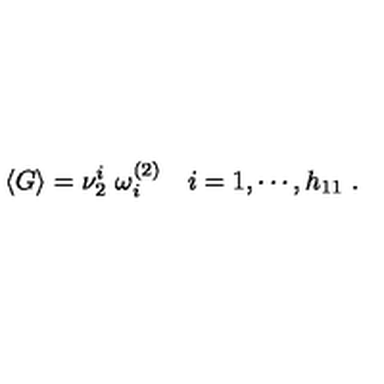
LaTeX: \langle G \rangle = \nu _ { 2 } ^ { i } \ \omega _ { i } ^ { ( 2 ) } \quad i = 1 , \cdots , h _ { 1 1 } \ .